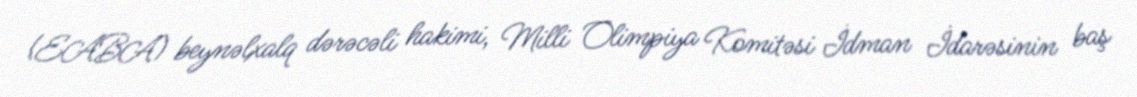
(EABA) beynəlxalq dərəcəli hakimi, Milli Olimpiya Komitəsi İdman İdarəsinin baş